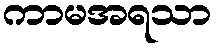
ကာမအရသာ